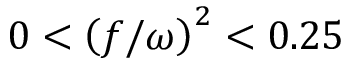
0 < \left( f / \omega \right) ^ { 2 } < 0 . 2 5